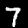
Label: 7